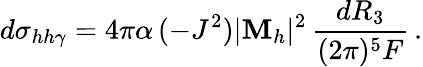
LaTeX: d\sigma_{hh\gamma}=4\pi\alpha\, (-J^{2})|{\cal\mathbf{M}}_{h}|^{2}\, {\frac{{dR_{3}}}{{(2\pi)^{5}F}}}\, .